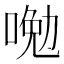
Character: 𠷦